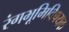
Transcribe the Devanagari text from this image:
रंगभूमिविषयक